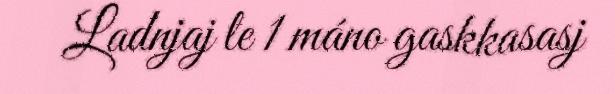
Ladnjaj le 1 máno gaskkasasj